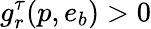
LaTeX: g_{r}^{\tau}(p,e_{b})>0